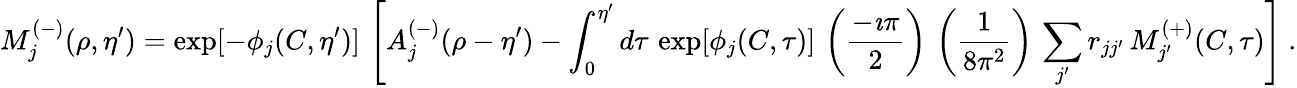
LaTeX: M_{j}^{(-)}(\rho,\eta^{\prime})=\exp[-\phi_{j}(C,\eta^{\prime})]\, \left[A_{j}^{(-)}(\rho-\eta^{\prime})-\int_{0}^{\eta^{\prime}}d\tau\, \exp[\phi_{j}(C,\tau)]\, \left(\frac{-\imath\pi}{2}\right)\, \left(\frac{1}{8\pi^{2}}\right)\, \sum_{j^{\prime}}r_{jj^{\prime}}\, M_{j^{\prime}}^{(+)}(C,\tau)\right]~.